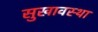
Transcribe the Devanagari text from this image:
सुखावस्था